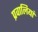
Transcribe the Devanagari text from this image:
प्रवालियां